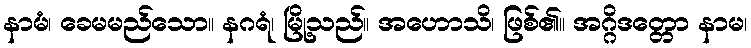
နာမံ၊ ခေမမည်သော။ နဂရံ၊ မြို့သည်။ အဟောသိ၊ ဖြစ်၏။ အဂ္ဂိဒတ္တော နာမ၊